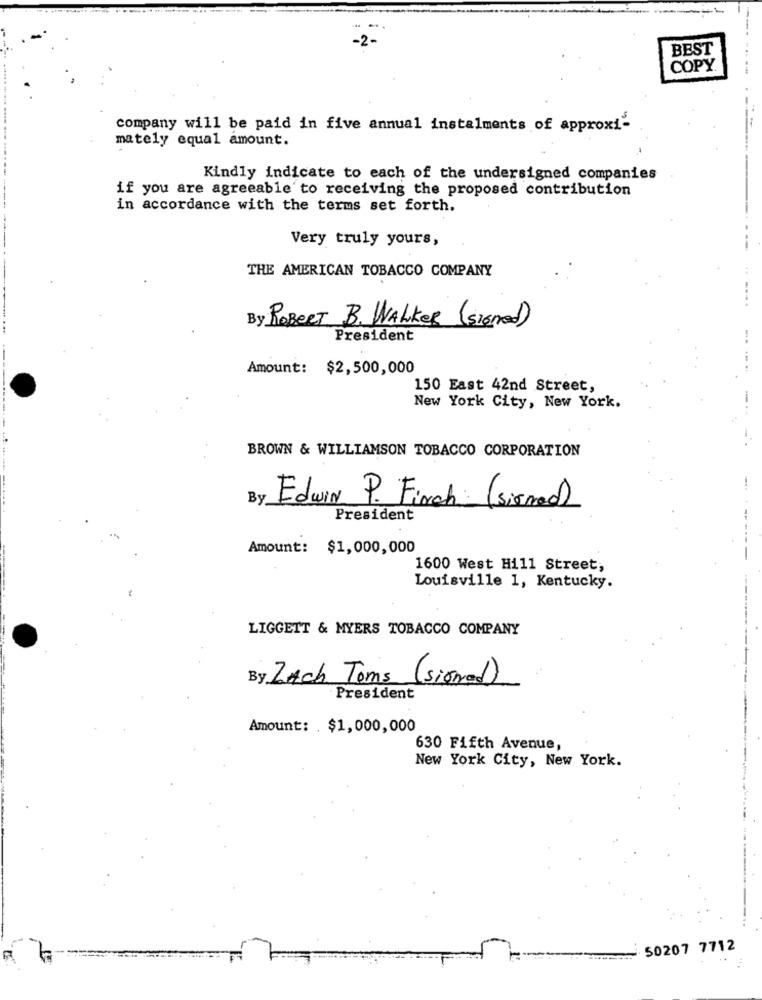
BEST
COPY
company will be paid in five annual instalments of approxi-
mately equal amount.
----
Kindly indicate to each of the undersigned companies
if you are agreeable to receiving the proposed contribution
in accordance with the terms set forth.
Very truly yours,
--
THE AMERICAN TOBACCO COMPANY
By ROBERT B. WALKER (signed)
President
Amount: $2,500,000
150 East 42nd Street,
New York City, New York.
BROWN & WILLIAMSON TOBACCO CORPORATION
By
Edwin P. Finch (sirmed)
President
Amount: $1,000,000
1600 West Hill Street,
Louisville 1, Kentucky.
LIGGETT & MYERS TOBACCO COMPANY
By ZAch Toms (signed)
President
Amount: . $1,000,000
630 Fifth Avenue,
New York City, New York.
50207 7712